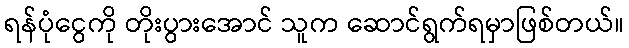
ရန်ပုံငွေကို တိုးပွားအောင် သူက ဆောင်ရွက်ရမှာဖြစ်တယ်။